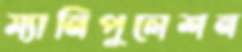
ম্যানিপুলেশন